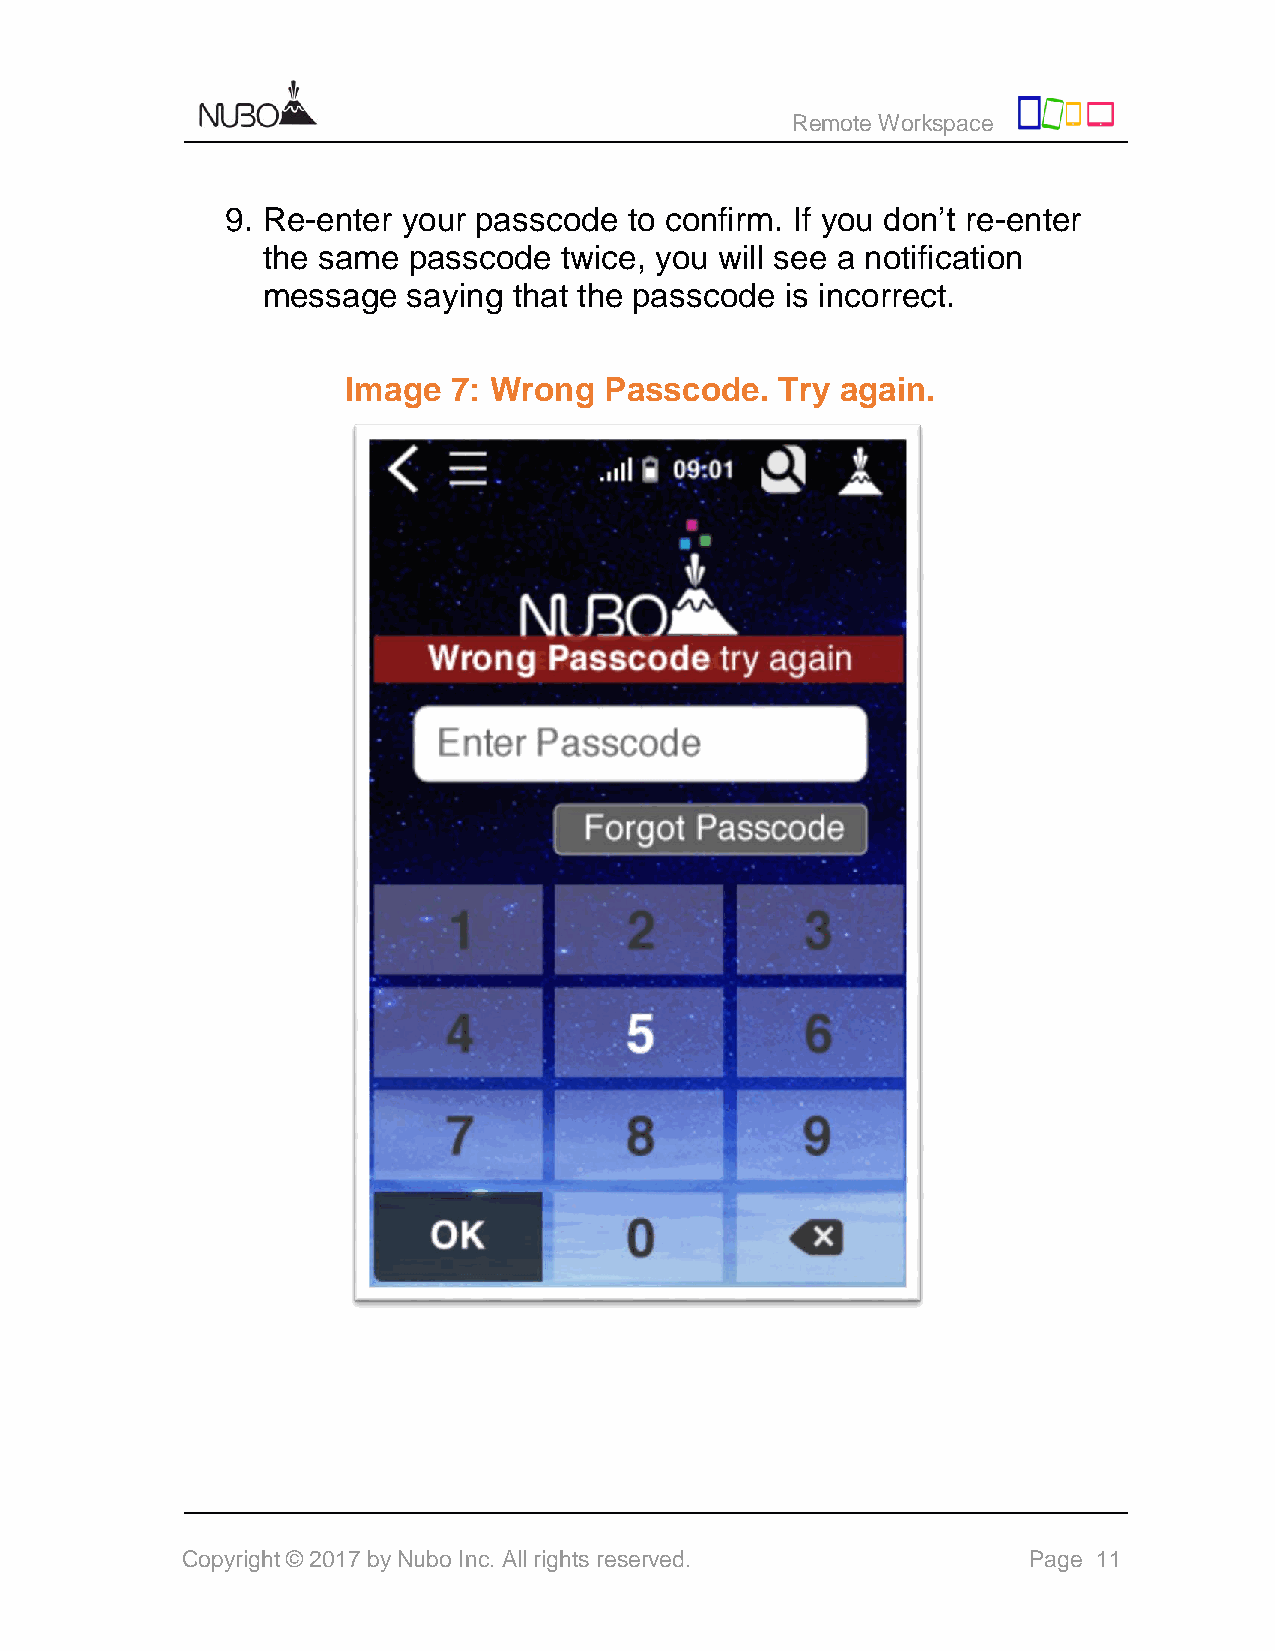
Remote Workspace
 9. Re-enter your passcode  to confirm. If you don’t re-enter
 the same  passcode  twice, you will see a notification
 message   saying that the passcode is incorrect.
 Image  7: Wrong  Passcode.   Try again.
 Copyright © 2017 by Nubo Inc. All rights reserved.      Page 11